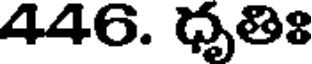
446. ధృతిః